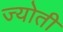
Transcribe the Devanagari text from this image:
ज्‍योती